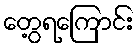
တွေ့ရကြောင်း